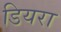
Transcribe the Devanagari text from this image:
डियरा